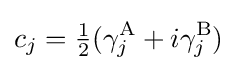
c_{j}={\tfrac {1}{2}}(\gamma _{j}^{\rm {A}}+i\gamma _{j}^{\rm {B}})